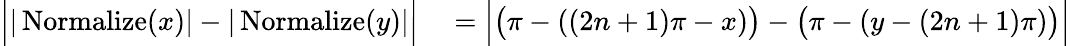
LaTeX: \begin{array}{rl}{\Big||\operatorname{Normalize}(x)|-|\operatorname{Normalize}(y)|\Big|}&{{}=\Big|\big(\pi-((2n+1)\pi-x)\big)-\big(\pi-(y-(2n+1)\pi)\big)\Big|}\end{array}